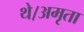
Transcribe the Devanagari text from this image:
थे।अमृता